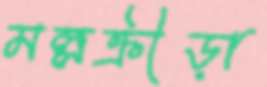
মল্লক্রীড়া